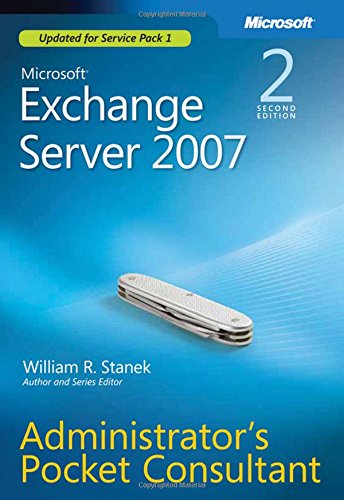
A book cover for Microsoft Exchange Server 2007 Administrator's Pocket Consultant (2nd Edition); William Stanek; Computers & Technology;